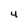
Character: 4